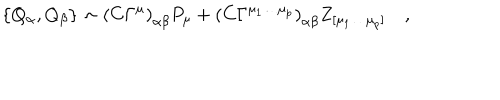
\{ Q _ { \alpha } , Q _ { \beta } \} \sim \left( C \Gamma ^ { \mu } \right) _ { \alpha \beta } P _ { \mu } + \left( C \Gamma ^ { \mu _ { 1 } \ldots \mu _ { p } } \right) _ { \alpha \beta } Z _ { [ \mu _ { 1 } \ldots \mu _ { p } ] } \quad ,